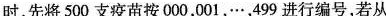
时，先将500支疫苗按000，001，…，499进行编号，若从